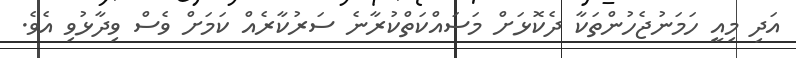
އަދި މިއީ ހަމަނުޖެހުންތަކާ ދެކޮޅަށް މަސައްކަތްކުރާނެ ސަރުކާރެއް ކަމަށް ވެސް ވިދާޅުވި އެވެ.